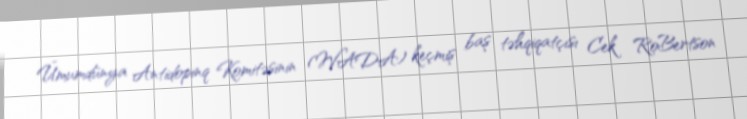
Ümumdünya Antidopinq Komitəsinin (WADA) keçmiş baş təhqiqatçısı Cek RoBertson